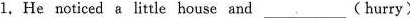
1. He noticed a litle house and_-(hurry)